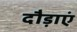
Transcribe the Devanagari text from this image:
दौड़ाएं